65_HS1-834228961_62-HQ-83894_Section_4
Agency: FBI
Page 96
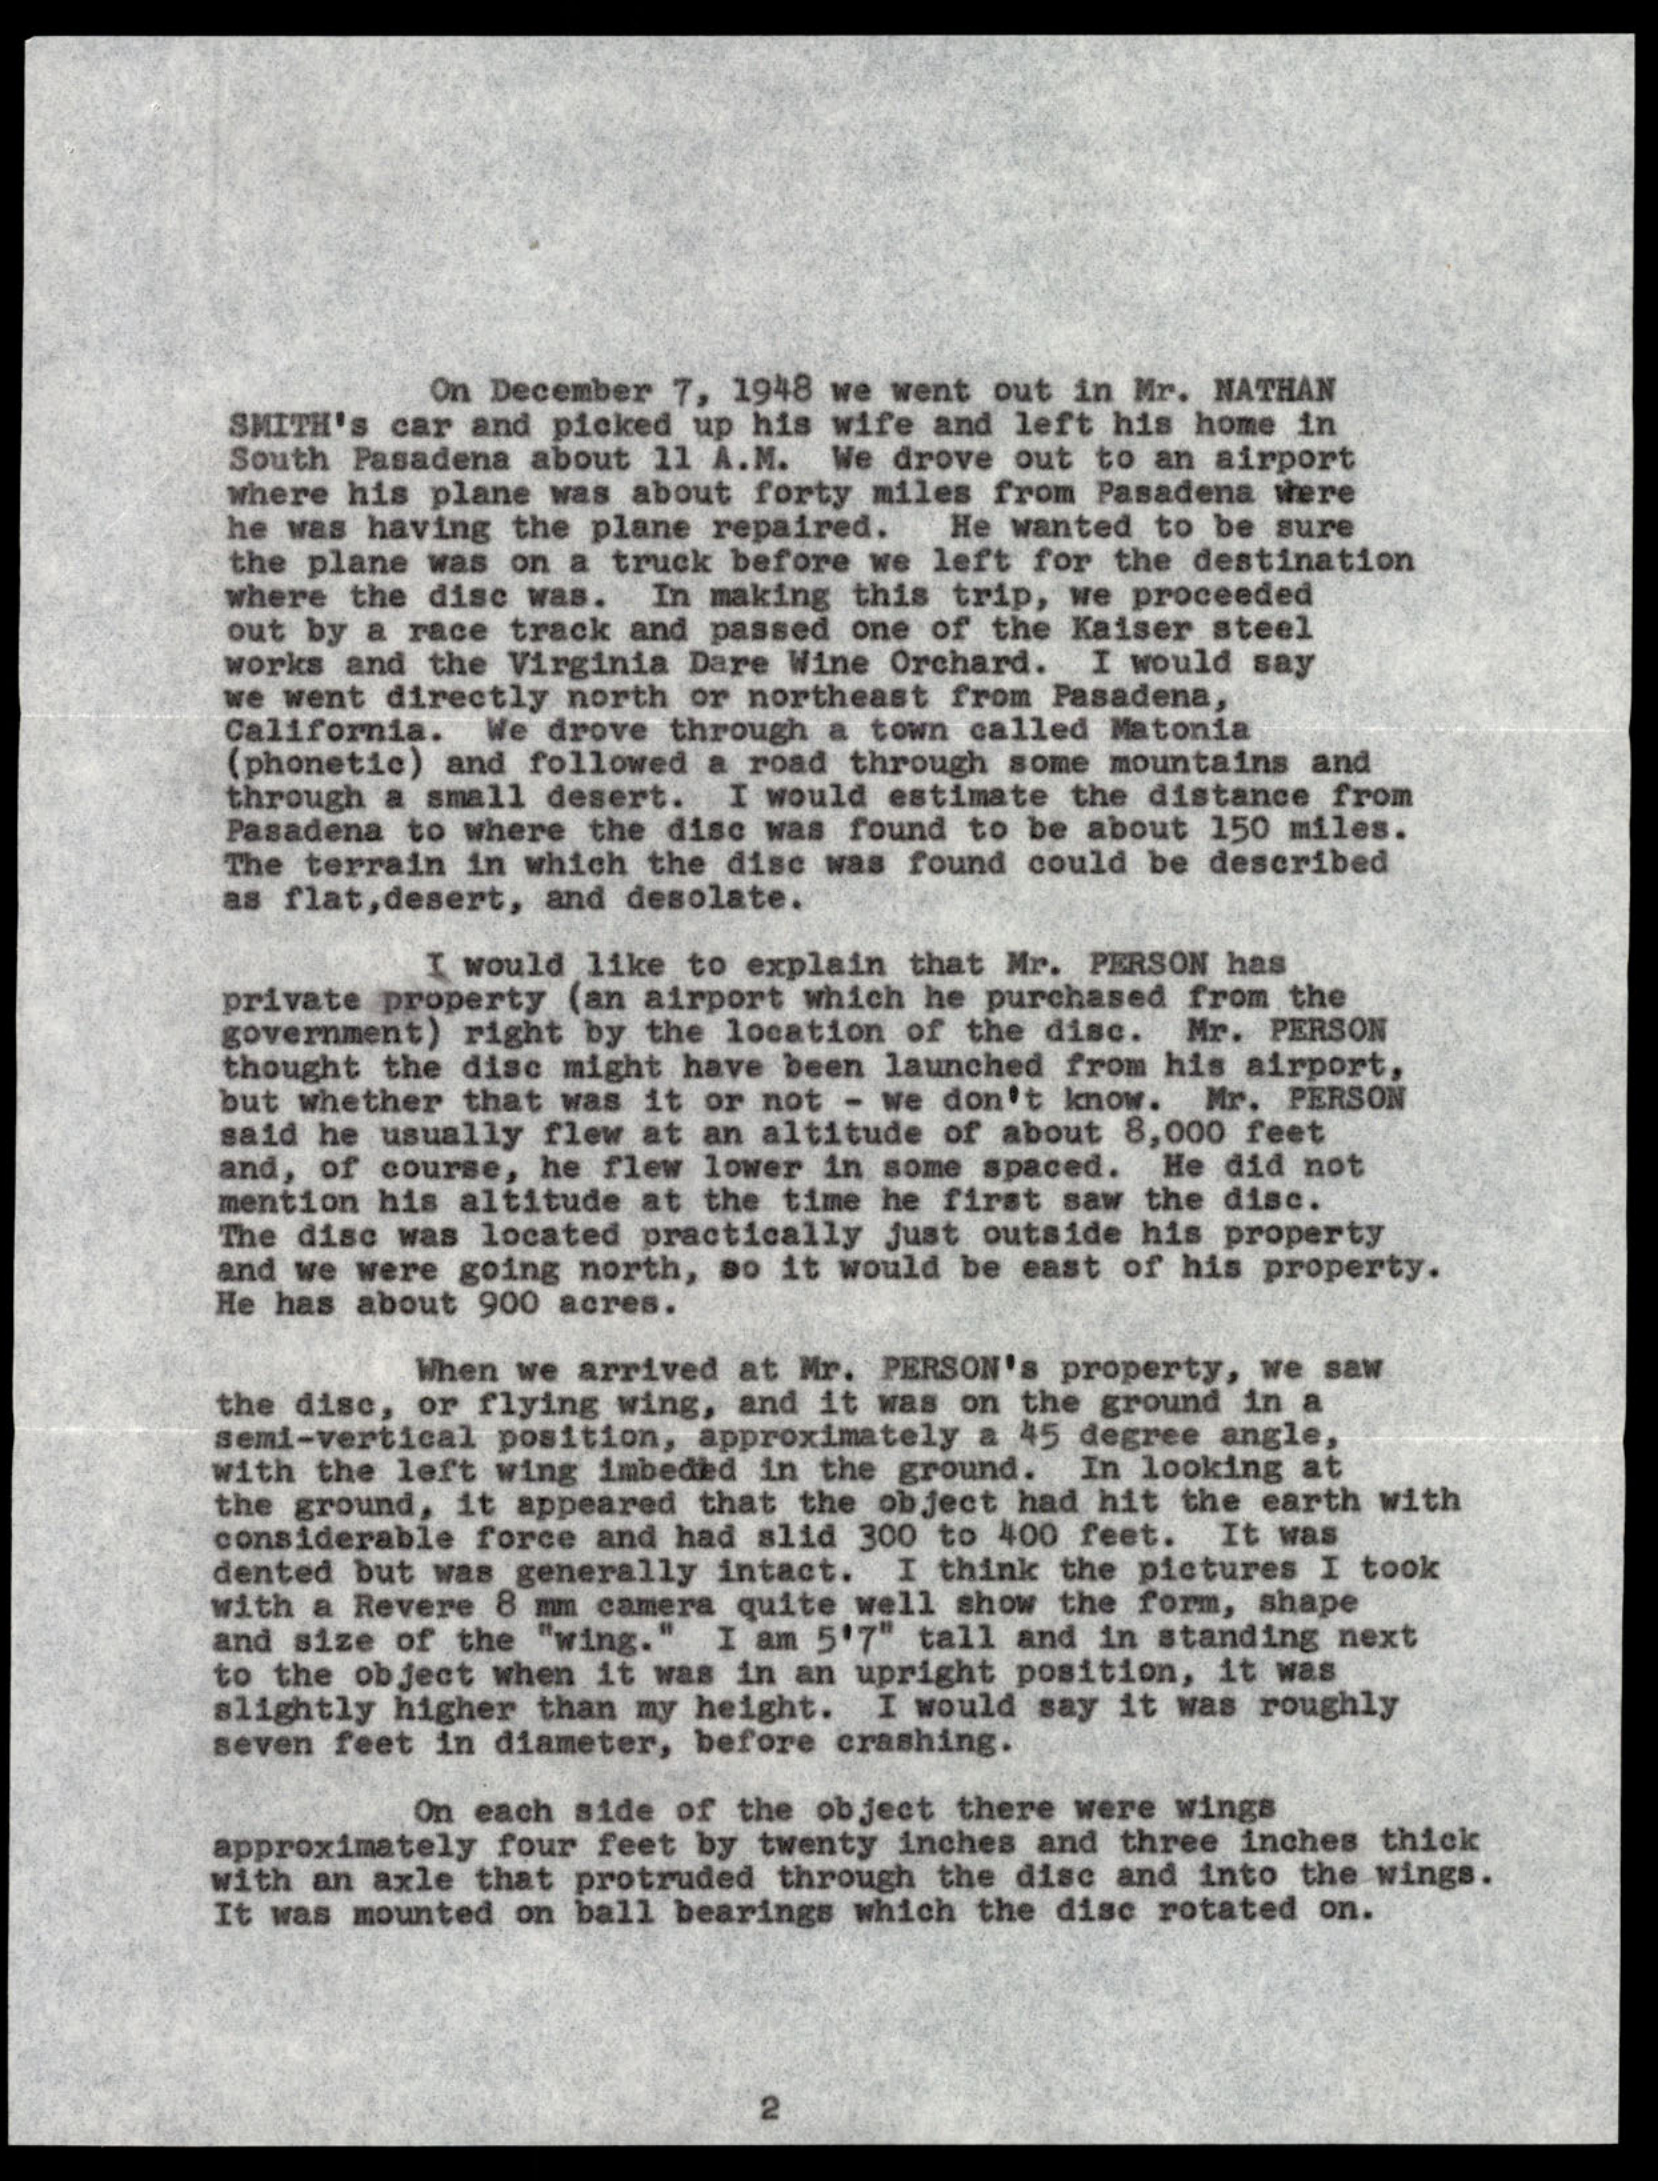